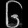
Digit: ၆